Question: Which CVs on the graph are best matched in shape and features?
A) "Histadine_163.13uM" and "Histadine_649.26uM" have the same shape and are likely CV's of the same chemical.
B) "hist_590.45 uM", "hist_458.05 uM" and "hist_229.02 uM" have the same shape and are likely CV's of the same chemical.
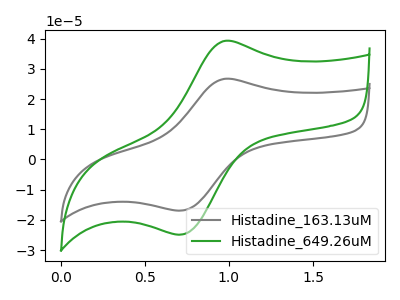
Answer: <think>The gray curve "Histadine_163.13uM" has an anodic peak at (0.95V, 26.65uA) and a cathodic peak at (0.70V, -16.95uA). The green curve "Histadine_649.26uM" has an anodic peak at (0.95V, 39.20uA) and a cathodic peak at (0.70V, -24.90uA).
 All the peaks in "Histadine_163.13uM" have a peak in "Histadine_649.26uM" at the same potential. Every peak in "Histadine_163.13uM" is lower than every peak in "Histadine_649.26uM".</think>
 <answer>A) "Histadine_163.13uM" and "Histadine_649.26uM" have the same shape and are likely CV's of the same chemical.</answer>
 <eval>A</eval>